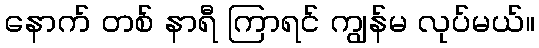
နောက် တစ် နာရီ ကြာရင် ကျွန်မ လုပ်မယ်။